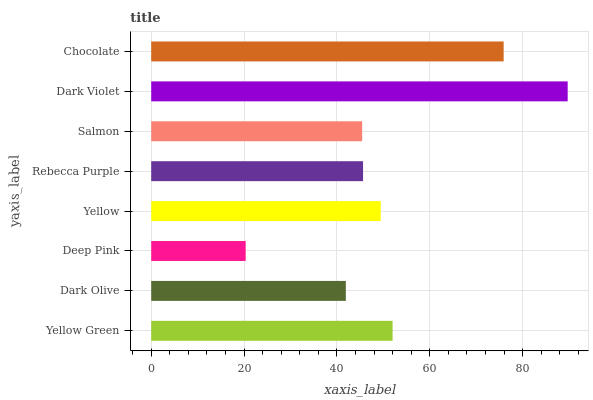
| yaxis_label | bars |
 | --- | --- |
 | Yellow Green | 52 |
 | Dark Olive | 41.9 |
 | Deep Pink | 20.3 |
 | Yellow | 49.4 |
 | Rebecca Purple | 45.6 |
 | Salmon | 45.4 |
 | Dark Violet | 89.7 |
 | Chocolate | 75.9 |